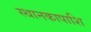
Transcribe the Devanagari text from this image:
स्थानकापाशि